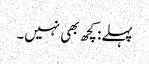
پہلے: کچھ بھی نہیں۔